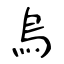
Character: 烏